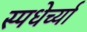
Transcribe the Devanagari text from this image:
स्पधेर्च्या